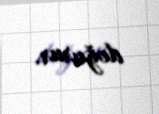
doğurur.